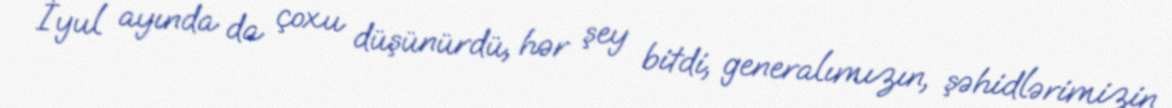
İyul ayında da çoxu düşünürdü, hər şey bitdi, generalımızın, şəhidlərimizin